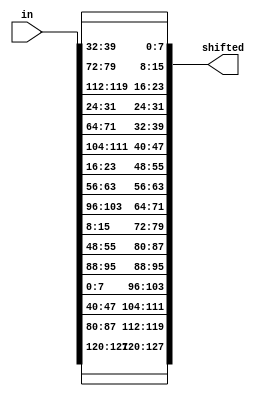
module ShiftRows (in, shifted);
	input [0:127] in;
	output [0:127] shifted;
	
	// row 1 no change
	assign shifted[0+:8] = in[0+:8];
	assign shifted[32+:8] = in[32+:8];
	assign shifted[64+:8] = in[64+:8];
   assign shifted[96+:8] = in[96+:8];
	
	// row 2 shift left 1 byte
   assign shifted[8+:8] = in[40+:8];
   assign shifted[40+:8] = in[72+:8];
   assign shifted[72+:8] = in[104+:8];
   assign shifted[104+:8] = in[8+:8];
	
	// row 3 shift left 2 bytes
   assign shifted[16+:8] = in[80+:8];
   assign shifted[48+:8] = in[112+:8];
   assign shifted[80+:8] = in[16+:8];
   assign shifted[112+:8] = in[48+:8];
	
	// row 4 shift left 3 bytes
   assign shifted[24+:8] = in[120+:8];
   assign shifted[56+:8] = in[24+:8];
   assign shifted[88+:8] = in[56+:8];
   assign shifted[120+:8] = in[88+:8];

endmodule